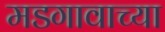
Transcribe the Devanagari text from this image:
मडगावाच्या